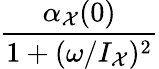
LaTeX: \frac{\alpha_{\mathcal{X}}(0)}{1+(\omega/I_{\mathcal{X}})^{2}}